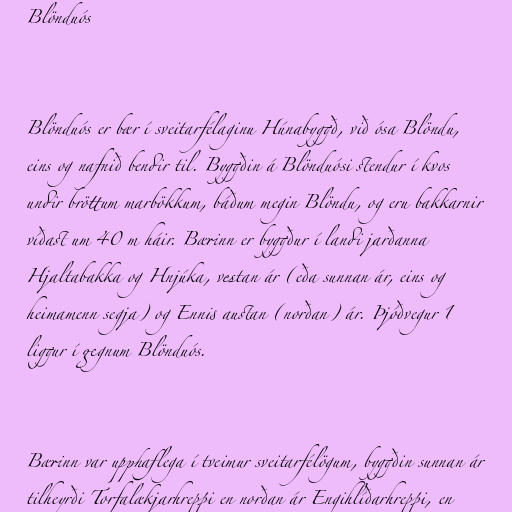
Blönduós

Blönduós er bær í sveitarfélaginu Húnabyggð, við ósa Blöndu,
eins og nafnið bendir til. Byggðin á Blönduósi stendur í kvos
undir bröttum marbökkum, báðum megin Blöndu, og eru bakkarnir
víðast um 40 m háir. Bærinn er byggður í landi jarðanna
Hjaltabakka og Hnjúka, vestan ár (eða sunnan ár, eins og
heimamenn segja) og Ennis austan (norðan) ár. Þjóðvegur 1
liggur í gegnum Blönduós.

Bærinn var upphaflega í tveimur sveitarfélögum, byggðin sunnan ár
tilheyrði Torfalækjarhreppi en norðan ár Engihlíðarhreppi, en